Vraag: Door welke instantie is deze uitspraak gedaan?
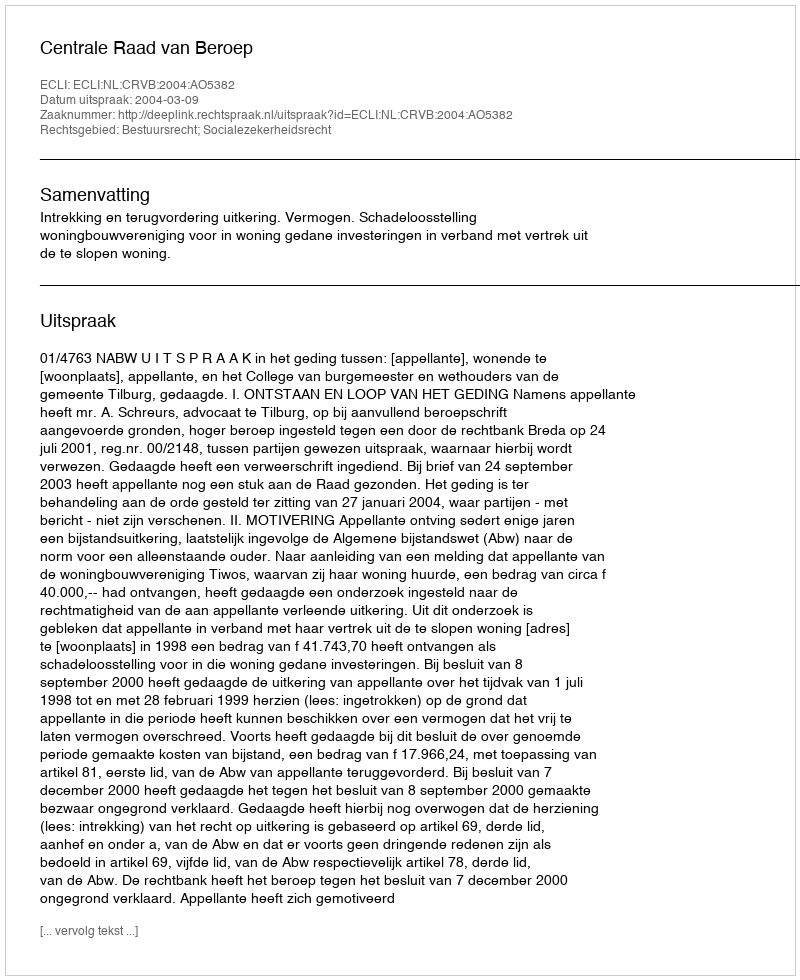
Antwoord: Centrale Raad van Beroep